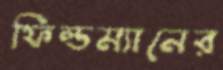
ফিল্ডম্যানের